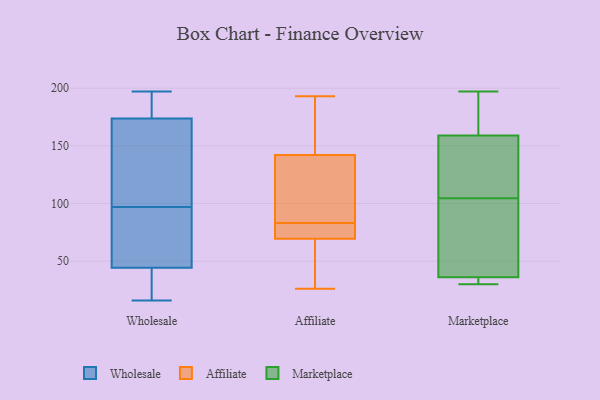
{"axis": {"x": "Website Visitors", "y": "Value"}, "legend": ["Affiliate", "Marketplace", "Wholesale"], "data": [{"x": "", "y": 59, "type": "Wholesale"}, {"x": "", "y": 168, "type": "Wholesale"}, {"x": "", "y": 191, "type": "Wholesale"}, {"x": "", "y": 138, "type": "Wholesale"}, {"x": "", "y": 127, "type": "Wholesale"}, {"x": "", "y": 191, "type": "Wholesale"}, {"x": "", "y": 33, "type": "Wholesale"}, {"x": "", "y": 16, "type": "Wholesale"}, {"x": "", "y": 97, "type": "Wholesale"}, {"x": "", "y": 48, "type": "Wholesale"}, {"x": "", "y": 29, "type": "Wholesale"}, {"x": "", "y": 197, "type": "Wholesale"}, {"x": "", "y": 79, "type": "Wholesale"}, {"x": "", "y": 26, "type": "Affiliate"}, {"x": "", "y": 57, "type": "Affiliate"}, {"x": "", "y": 142, "type": "Affiliate"}, {"x": "", "y": 83, "type": "Affiliate"}, {"x": "", "y": 193, "type": "Affiliate"}, {"x": "", "y": 71, "type": "Affiliate"}, {"x": "", "y": 94, "type": "Affiliate"}, {"x": "", "y": 69, "type": "Affiliate"}, {"x": "", "y": 108, "type": "Affiliate"}, {"x": "", "y": 142, "type": "Affiliate"}, {"x": "", "y": 83, "type": "Affiliate"}, {"x": "", "y": 186, "type": "Affiliate"}, {"x": "", "y": 62, "type": "Affiliate"}, {"x": "", "y": 171, "type": "Affiliate"}, {"x": "", "y": 81, "type": "Affiliate"}, {"x": "", "y": 34, "type": "Marketplace"}, {"x": "", "y": 36, "type": "Marketplace"}, {"x": "", "y": 125, "type": "Marketplace"}, {"x": "", "y": 197, "type": "Marketplace"}, {"x": "", "y": 30, "type": "Marketplace"}, {"x": "", "y": 131, "type": "Marketplace"}, {"x": "", "y": 49, "type": "Marketplace"}, {"x": "", "y": 86, "type": "Marketplace"}, {"x": "", "y": 110, "type": "Marketplace"}, {"x": "", "y": 159, "type": "Marketplace"}, {"x": "", "y": 99, "type": "Marketplace"}, {"x": "", "y": 187, "type": "Marketplace"}, {"x": "", "y": 162, "type": "Marketplace"}, {"x": "", "y": 35, "type": "Marketplace"}]}